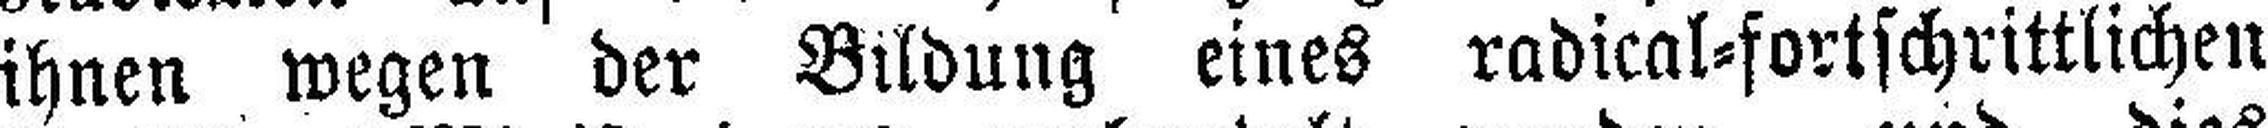
ihnen wegen der Bildung eines radical=fortschrittlichen